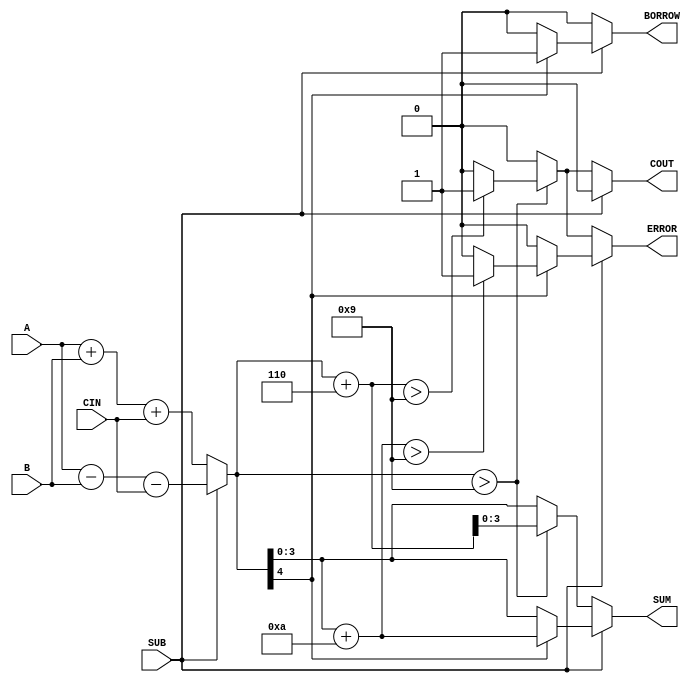
module bcd_add_subtracter (
    input  wire [3:0] A,        // First BCD digit (4 bits)
    input  wire [3:0] B,        // Second BCD digit (4 bits)
    input  wire SUB,            // Control signal for addition/subtraction
    input  wire CIN,            // Carry input
    output reg  [3:0] SUM,      // Resulting BCD digit (4 bits)
    output reg  COUT,           // Carry output for addition
    output reg  BORROW,         // Borrow output for subtraction
    output reg  ERROR           // Error flag for invalid BCD output
);

    // Intermediate variables
    wire [4:0] result;          // To hold the sum or difference (5 bits for carry)
    wire [4:0] adjusted_sum;    // For BCD adjusted sum for addition
    wire [4:0] adjusted_diff;   // For BCD adjusted difference for subtraction
    
    // Addition or Subtraction based on SUB
    assign result = SUB ? {1'b0, A} - {1'b0, B} - CIN : {1'b0, A} + {1'b0, B} + CIN;

    always @(*) begin
        // Default outputs
        SUM = 4'b0000;
        COUT = 1'b0;
        BORROW = 1'b0;
        ERROR = 1'b0;

        if (!SUB) begin // Addition case
            if (result > 9) begin
                adjusted_sum = result + 5'b0110; // Add 6 for BCD correction
                // Check for overflow
                if (adjusted_sum > 9) begin
                    COUT = 1'b1; // Set carry out if it exceeds BCD range
                    SUM = adjusted_sum[3:0];
                    ERROR = 1'b1; // Invalid BCD output
                end else begin
                    SUM = adjusted_sum[3:0];
                end
            end else begin
                SUM = result[3:0];
            end
        end else begin // Subtraction case
            // For subtraction check result for borrow
            if (result[4] == 1'b1) begin // Negative result
                adjusted_diff = result + 5'b1010; // Add 10 for BCD correction
                BORROW = 1'b1; // Set borrow output
                SUM = adjusted_diff[3:0];
                if (SUM > 9) begin
                    ERROR = 1'b1; // Invalid BCD output
                end
            end else begin
                SUM = result[3:0];
            end
        end
    end

endmodule